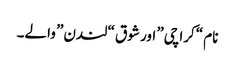
نام “کراچی” اور شوق “لندن” والے۔